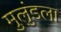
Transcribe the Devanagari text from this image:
मुलुंडला